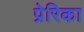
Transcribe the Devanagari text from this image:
प्रेरिका